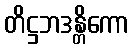
တိဋ္ဌဘဒန္တိကော